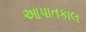
આપાતકાલ